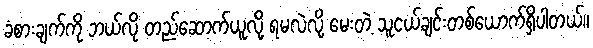
ခံစားချက်ကို ဘယ်လို တည်ဆောက်ယူလို့ ရမလဲလို့ မေးတဲ့ သူငယ်ချင်းတစ်ယောက်ရှိပါတယ်။